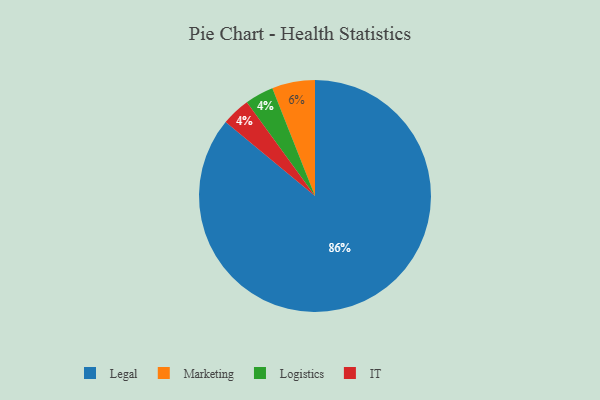
{"axis": {"x": "Category", "y": "Percentage"}, "legend": ["IT", "Legal", "Logistics", "Marketing"], "data": [{"x": "Logistics", "y": 4, "type": "Logistics"}, {"x": "Legal", "y": 86, "type": "Legal"}, {"x": "IT", "y": 4, "type": "IT"}, {"x": "Marketing", "y": 6, "type": "Marketing"}]}